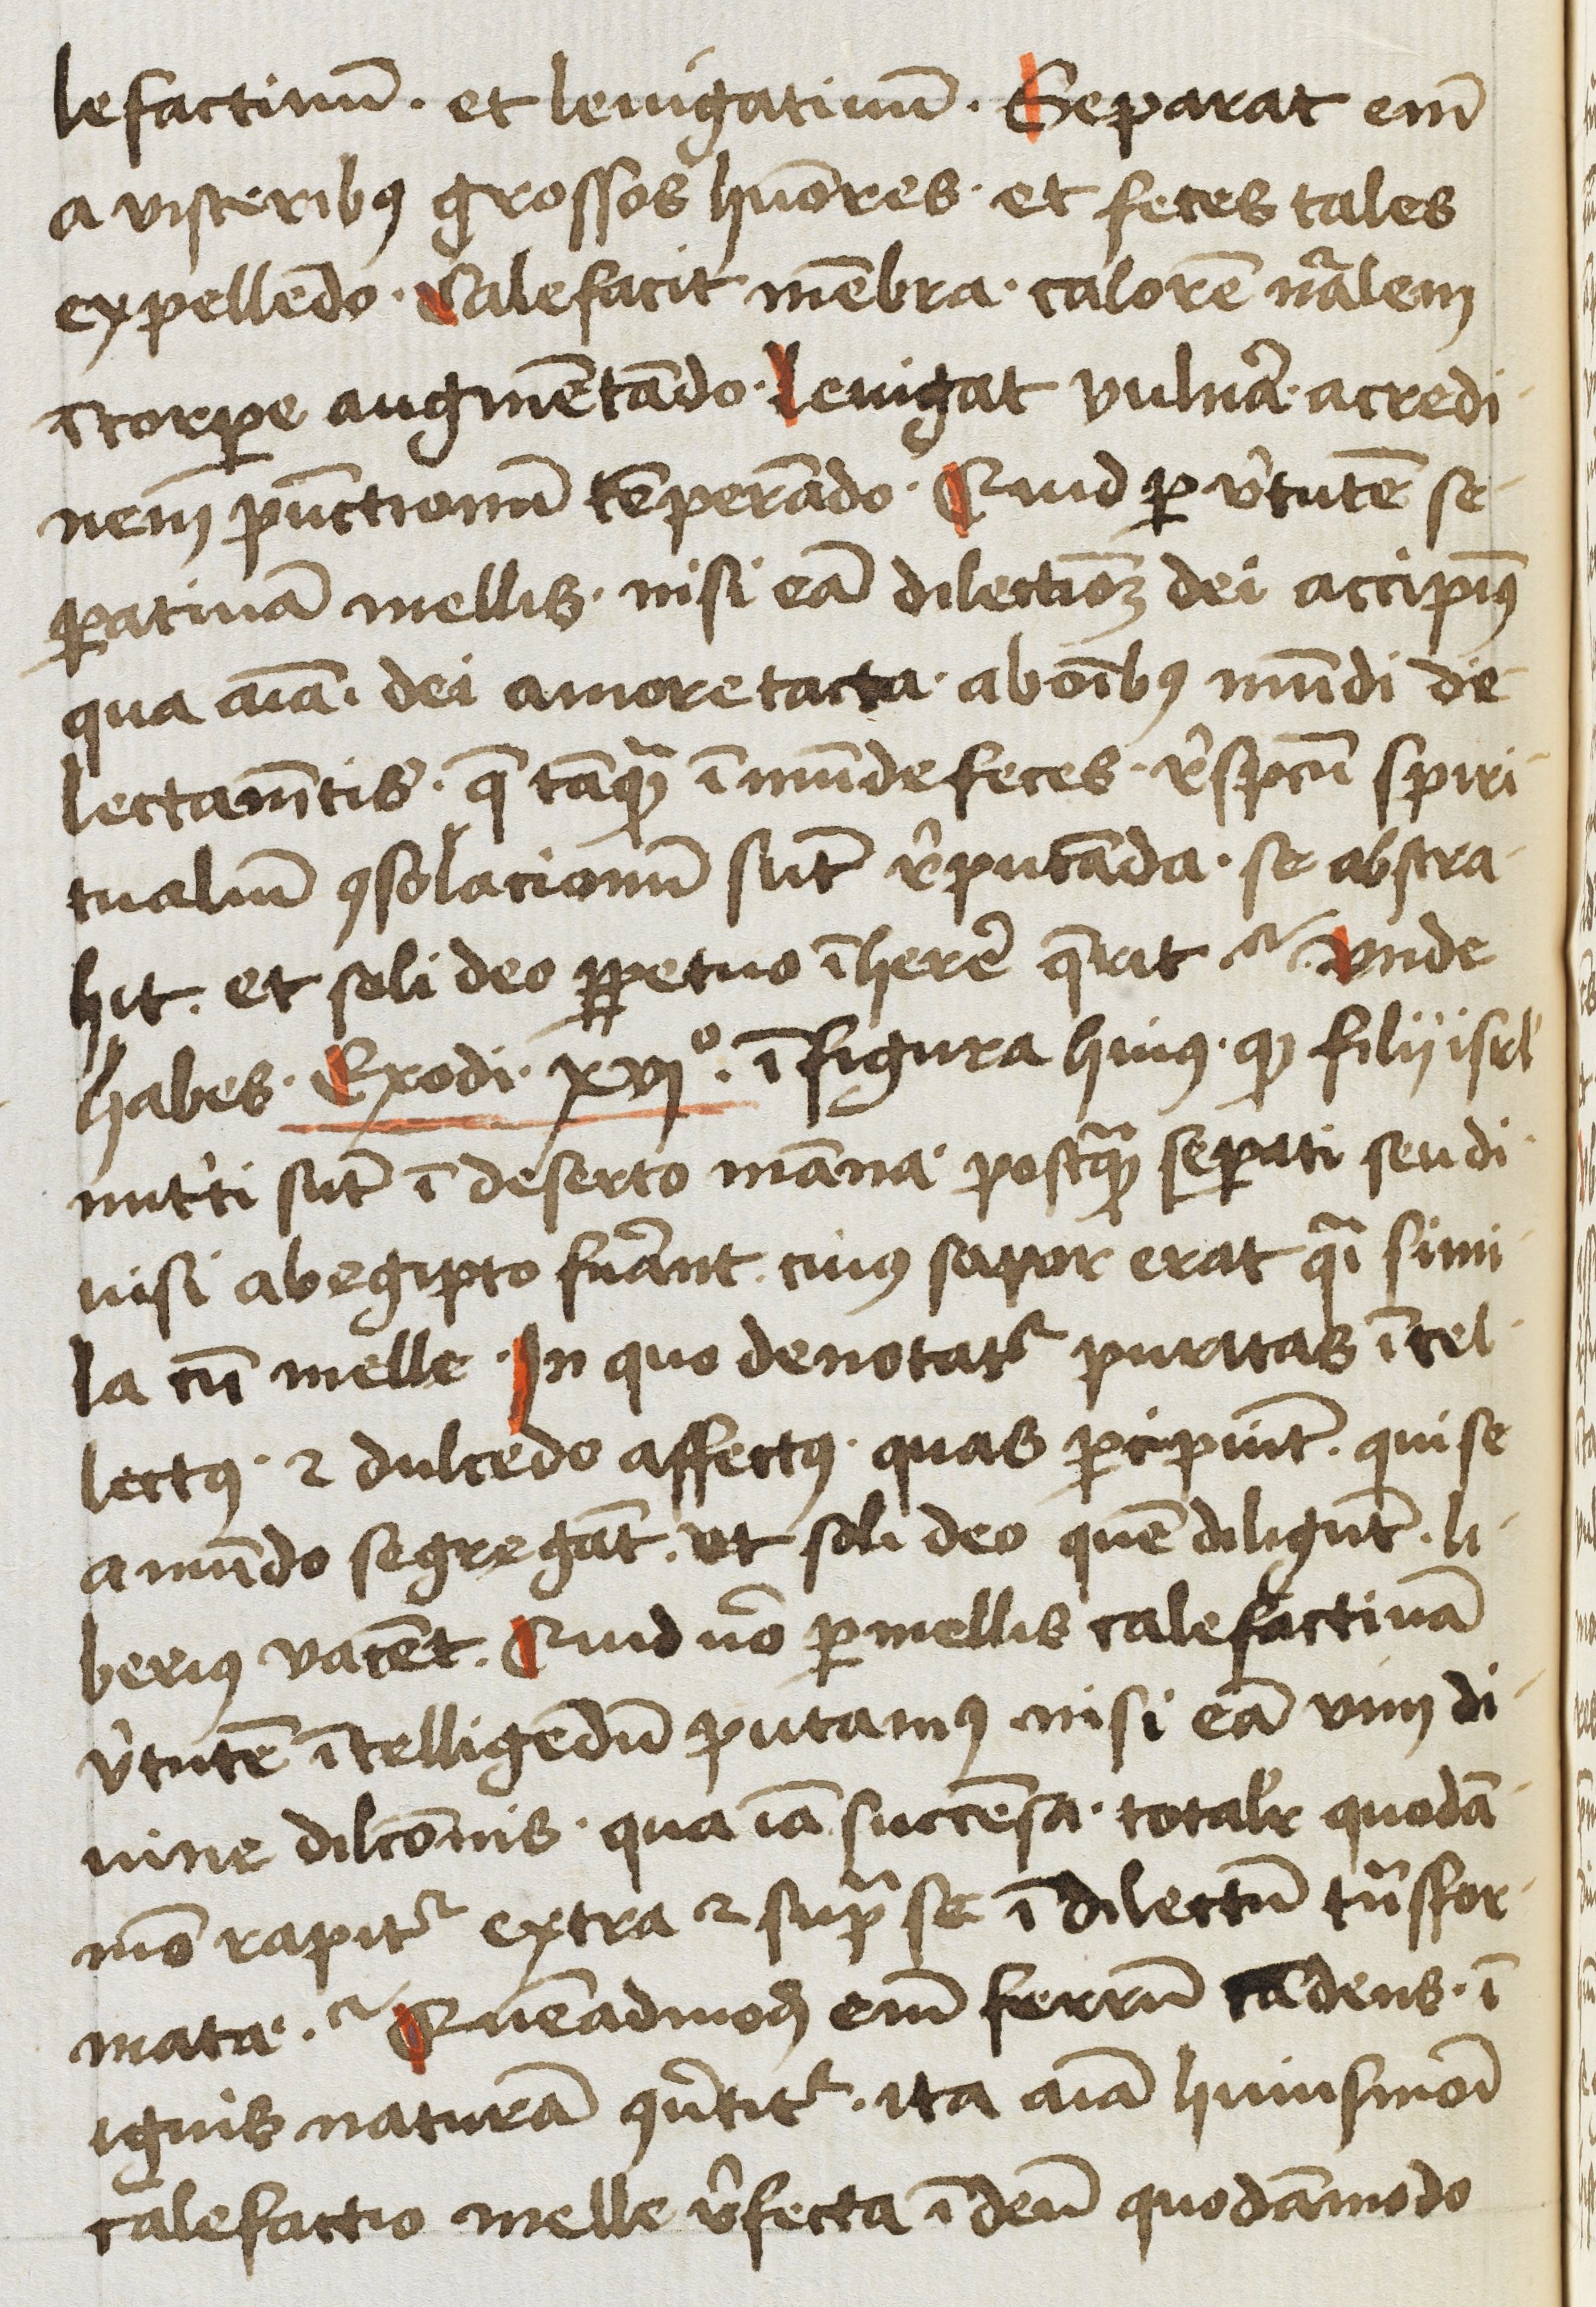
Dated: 1450–1499